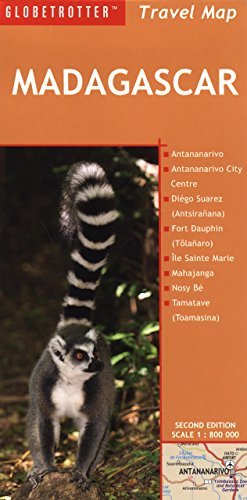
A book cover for Travel Map Madagascar (Globetrotter Travel Map); David Schuurman; Travel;